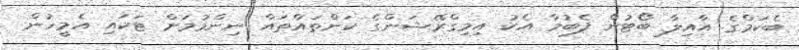
ބެކަމްގެ އާއިލާ ބޯޓުން ފެބުމާ އެކު އިމިގްރޭޝަންގެ ކަންތައްތައް ނިންމުމަށް ޓަކައި އެމީހުން